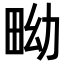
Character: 𤱎